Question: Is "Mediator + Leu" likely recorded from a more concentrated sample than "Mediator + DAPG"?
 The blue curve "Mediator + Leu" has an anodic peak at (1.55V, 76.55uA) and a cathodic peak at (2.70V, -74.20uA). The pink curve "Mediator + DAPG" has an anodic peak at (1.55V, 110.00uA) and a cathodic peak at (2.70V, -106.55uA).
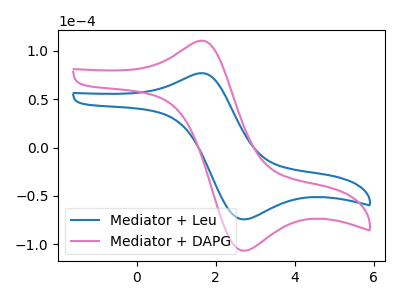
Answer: <think>All the peaks in "Mediator + Leu" have a peak in "Mediator + DAPG" at the same potential. Every peak in "Mediator + Leu" is lower than every peak in "Mediator + DAPG".
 </think>
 <answer>"Mediator + Leu" has less signal than "Mediator + DAPG".</answer>
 <eval>less_signal</eval>